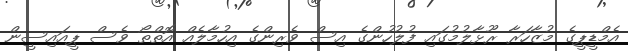
އެމްޑީޕީގެ މުޒާހަރާ ރޫޅާލުމުގައި ފުލުހުންގެ އިސް ވެރިންގެ އިހުމާލެއް އޮތްތޯ ވެސް ޕީއައިސީން